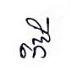
កើ